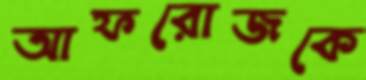
আফরোজকে